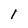
Character: 1